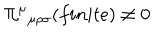
LaTeX: \Pi ^ { \mu } { } _ { \mu \rho \sigma } ( f i n i t e ) \neq 0